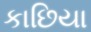
કાછિયા